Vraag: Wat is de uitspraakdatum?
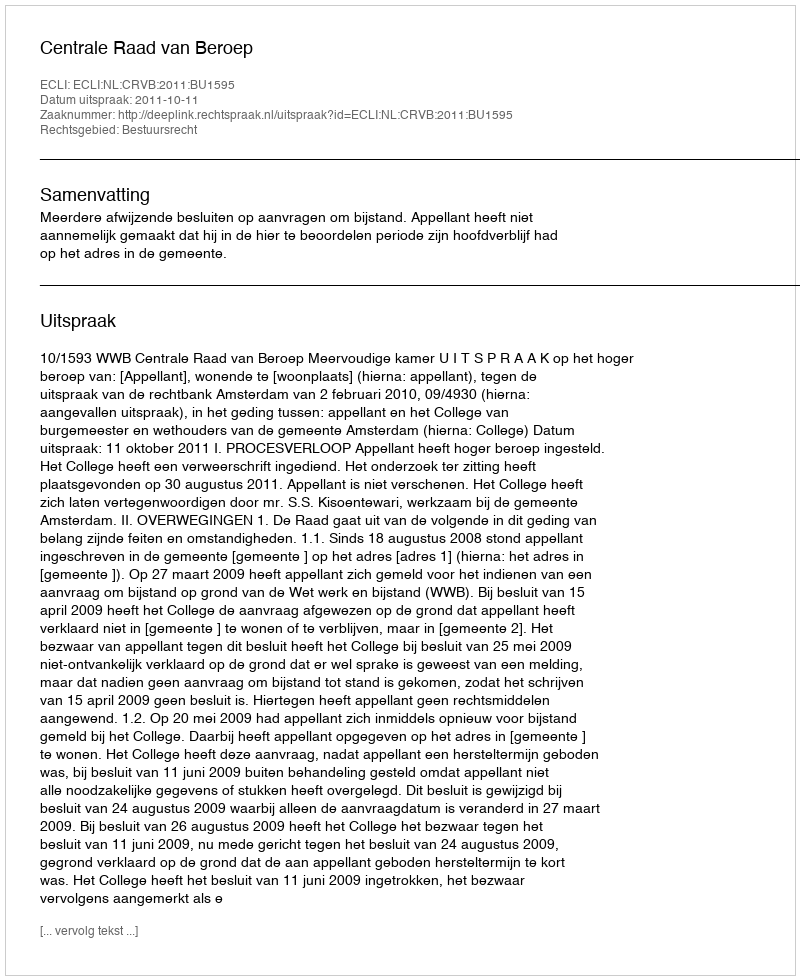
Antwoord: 2011-10-11